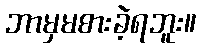
ဘာမှမစားခဲ့ရဘူး။